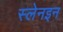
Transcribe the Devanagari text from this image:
स्लेनइन